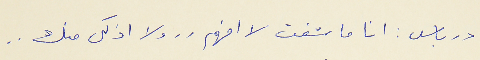
درباس : انا ما شفت لا افهم . . ولا اذكى منك . .